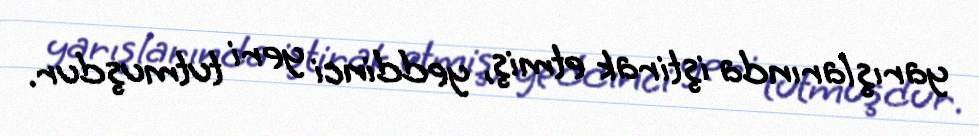
yarışlarında iştirak etmiş, yeddinci yeri tutmuşdur.